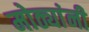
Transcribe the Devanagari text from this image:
मोठ्यांनी